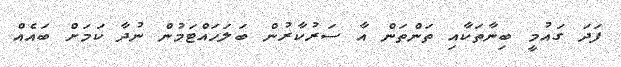
ފަދަ ގައުމީ ބިނާތަކާއި ތަންތަން އާ ސަރުކާރުން ބަލަހައްޓަމުން ނުދާ ކަމަށް ބައެއް